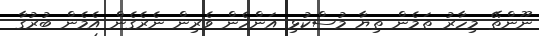
ނޫންތޭ މިހާރު ތަމެން ތިޔާ މުސްކުޅި އަންހެން ވެރިން ނެރެގެން އެމެން ބުރުގާ